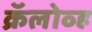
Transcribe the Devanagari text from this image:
क्रॅलोव्ह